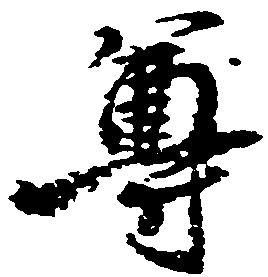
尊